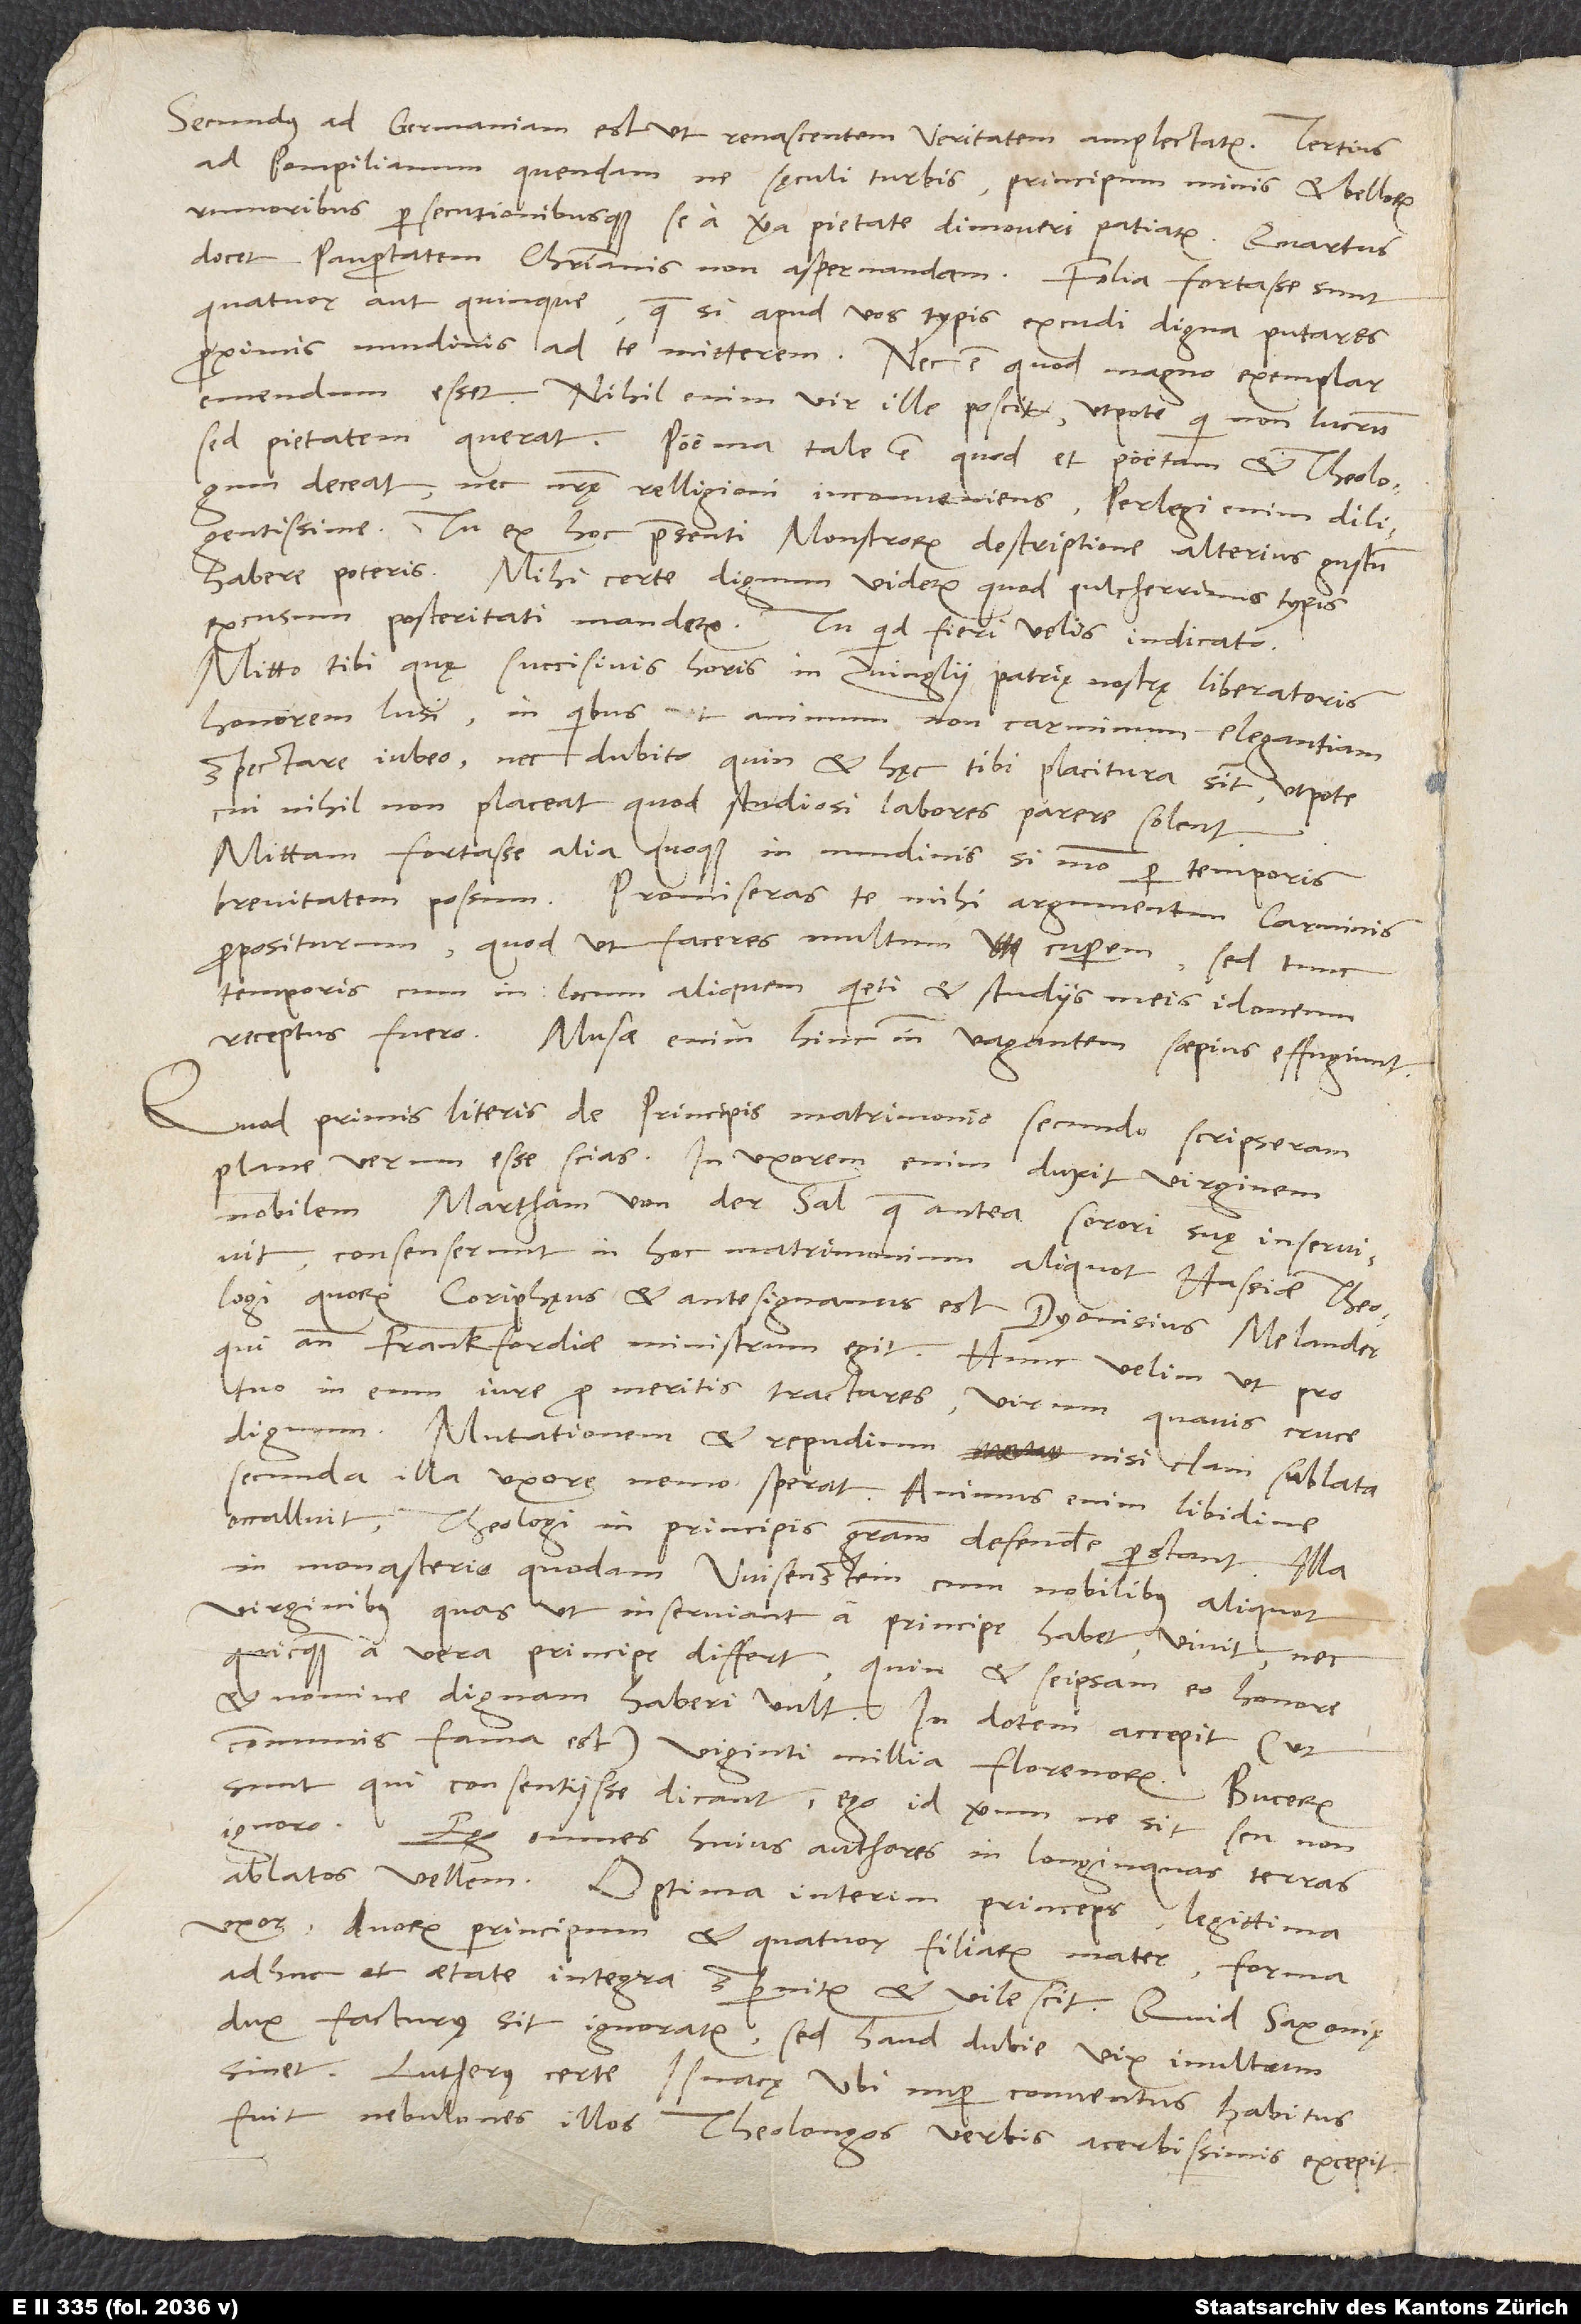
Secundus ad Germaniam est, ut renascentem veritatem amplectatur. Tertius
ad Pompilianum quendam, ne sęculi turbis, principum minis et bellorum
rumoribus persecutionibusque se a vera pietate dimoveri patiatur. Quartus
docet paupertatem christianis non aspernandam. Folia fortasse sunt
quatuor aut quinque, quae si apud vos typis excudi digna putares,
proximis nundinis ad te mitterem. Nec est, quod magno exemplar
emendum esset. Nihil enim vir ille poscit, utpote qui non lucrum,
sed pietatem querat. Poema tale est, quod et poetam et theologum
diligentissime. Tu ex hoc praesenti monstrorum descriptione alterius gustum
habere poteris. Mihi certe dignum videtur, quod pulcherrimis typis
excusum posteritati mandetur. Tu, quid fieri velis, indicato.
Mitto tibi, quę succisivis horis in Zvinglii, patrię nostrę liberatoris,
honorem lusi, in quibus animum, non carminum elegantiam
spectare iubeo nec dubito, quin et hęc tibi placitura sit, utpote
cui nihil non placeat, quod studiosi labores parere solent.
Mittam fortasse alia quoque in nundinis, si modo per temporis
brevitatem possum. Promiseras te mihi argumentum carminis
propositurum, quod ut faceres, multum cuperem, sed tunc
temporis, cum in locum aliquem quieti et studiis meis idoneum
receptus fuero. Musae enim hinc inde vagantem saepius effugiunt.
Quod primis literis de principis matrimonio secundo scripseram,
plane verum esse scias. In uxorem enim duxit virginem
nobilem, Martham von der Sal, quae antea sorori suę inservivit.
Consenserunt in hoc matrimonium aliquot Hassiae theologi,
quorum coriphęus et antesignanus est Dyonisius Melander,
qui ante Frankfordiae ministrum egit. Hunc velim, ut pro
tuo in eum iure pro meritis tractares, virum quavis cruce
dignum. Mutationem et repudium nisi clam sublata
secunda illa uxore nemo sperat. Animus enim libidine
occalluit, theologi in principis gratiam defendere perstant. Illa
in monasterio quodam Wisenstein cum nobilibus aliquot
virginibus, quas, ut inserviant, a principe habet, vivit nec
quicquam a vera principe differt, quin et seipsam eo honore
et nomine dignam haberi vult. In dotem accepit (ut
communis fama est) viginti millia florenorum. Bucerum
sunt qui consentiisse dicant; ego id verum ne sit seu non,
ignoro. Ego omnes huius authores in longinquas terras
ablatos vellem. Optima interim princeps, legittima
uxor, duorum principum et quatuor filiarum mater, forma
adhuc et aetate integra, spernitur et vilescit. Quid Saxonię
dux facturus sit, ignoratur, sed haud dubie vix inultum
sinet. Lutherus certe Isnacę, ubi nuper conventus habitus
fuit, nebulones illos theolongos verbis acerbissimis excepit.